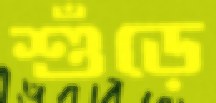
শুঁড়ে